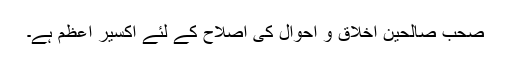
صحب صالحین اخلاق و احوال کی اصلاح کے لئے اکسیر اعظم ہے۔